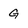
Character: g